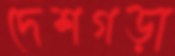
দেশগড়া